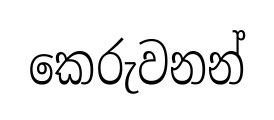
කෙරුවනන්